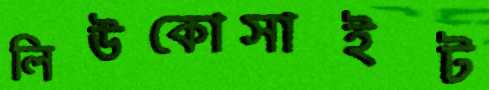
লিউকোসাইট